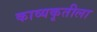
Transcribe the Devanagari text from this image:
काव्यकृतीला